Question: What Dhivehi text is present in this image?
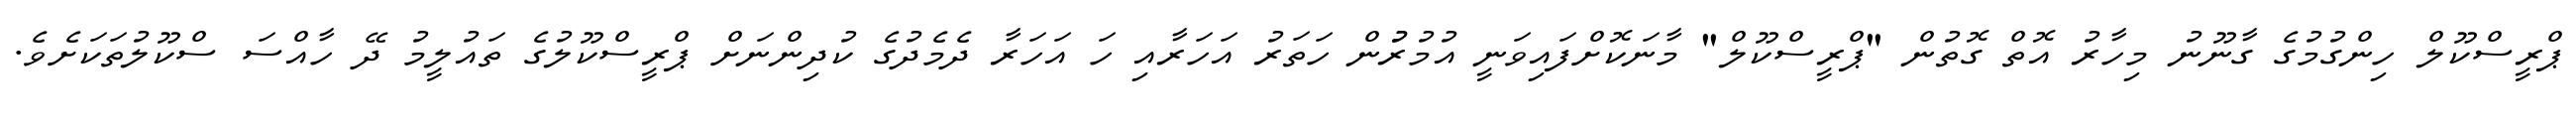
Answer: ޕްރީސްކޫލް ހިންގުމުގެ ގާނޫނު މިހާރު އޮތް ގޮތުން "ޕްރީސްކޫލް" މާނަކޮށްފައިވަނީ އުމުރުުން ހަތަރު އަހަރާއި ހަ އަހަރާ ދެމެދުގެ ކުދިންނަށް ޕްރީސްކޫލުގެ ތައުލީމު ދޭ ހާއްސަ ސްކޫލުތަކަށެވެ.